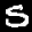
Label: 5